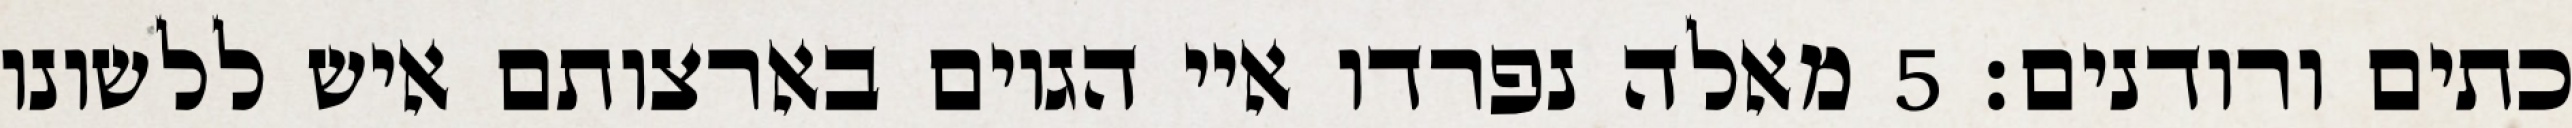
כתים ורודנים׃ ‎5‏ מאלה נפרדו איי הגוים בארצותם איש ללשונו